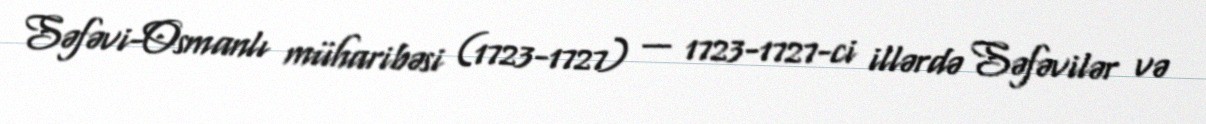
Səfəvi-Osmanlı müharibəsi (1723-1727) — 1723-1727-ci illərdə Səfəvilər və